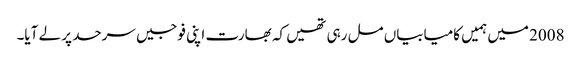
2008 میں ہمیں کامیابیاں مل رہی تھیں کہ بھارت اپنی فوجیں سرحد پر لے آیا۔